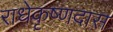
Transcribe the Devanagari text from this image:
राधेकृष्णदास